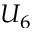
U _ { 6 }